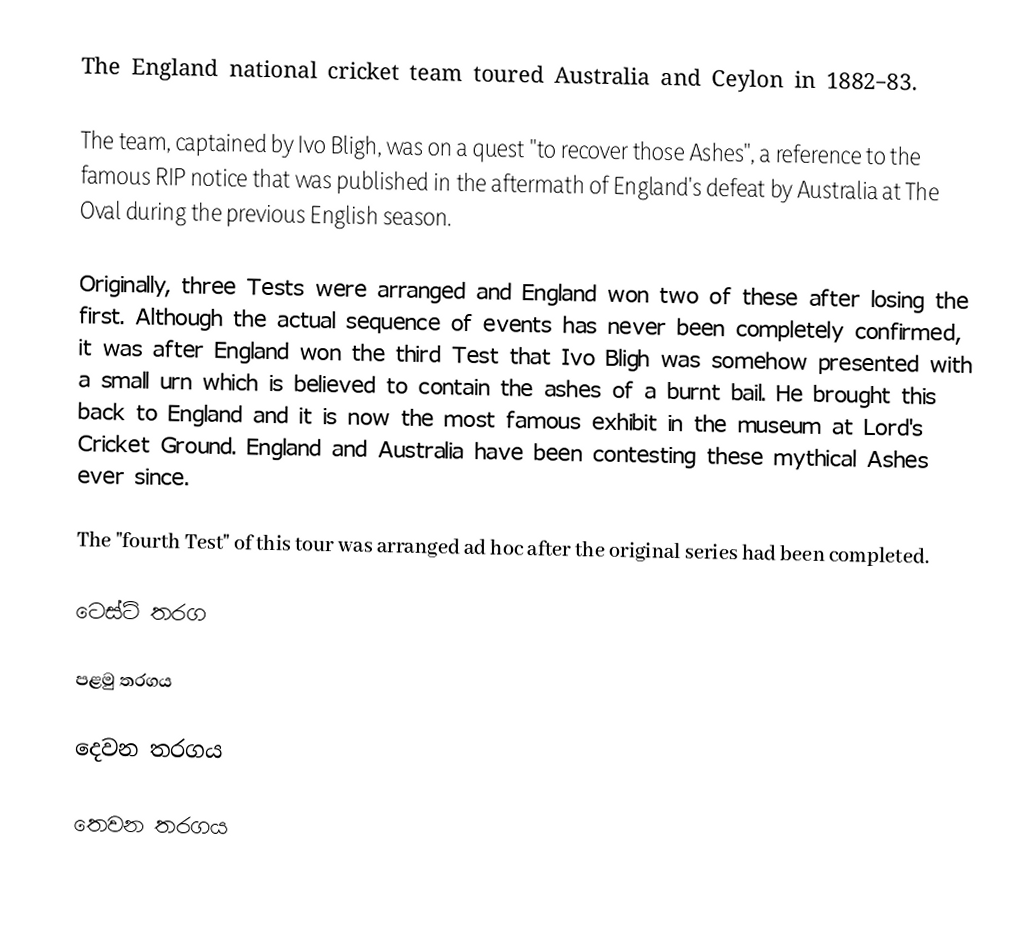
The England national cricket team toured Australia and Ceylon in 1882–83.

The team, captained by Ivo Bligh, was on a quest "to recover those Ashes", a reference to the famous RIP notice that was published in the aftermath of England's defeat by Australia at The Oval during the previous English season.

Originally, three Tests were arranged and England won two of these after losing the first.  Although the actual sequence of events has never been completely confirmed, it was after England won the third Test that Ivo Bligh was somehow presented with a small urn which is believed to contain the ashes of a burnt bail.  He brought this back to England and it is now the most famous exhibit in the museum at Lord's Cricket Ground.  England and Australia have been contesting these mythical Ashes ever since.

The "fourth Test" of this tour was arranged ad hoc after the original series had been completed.

ටෙස්ට් තරග

පළමු තරගය

දෙවන තරගය

තෙවන තරගය